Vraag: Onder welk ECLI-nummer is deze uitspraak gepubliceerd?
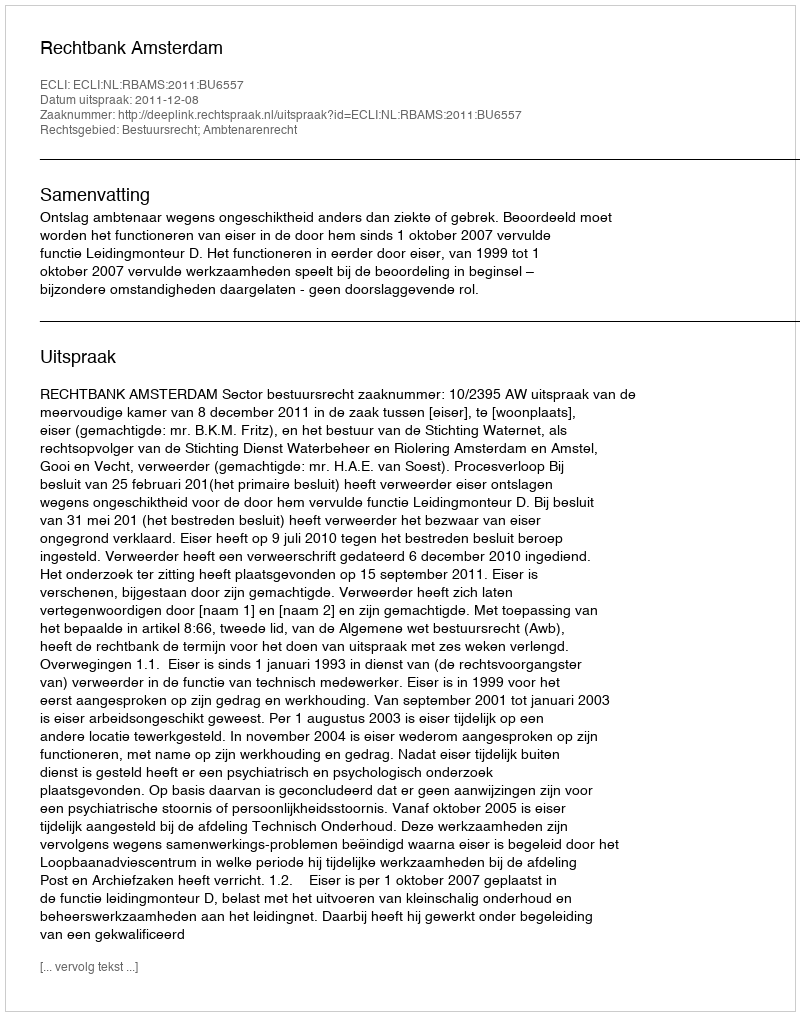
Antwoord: ECLI:NL:RBAMS:2011:BU6557